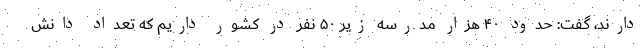
دارند، گفت: حدود ۴۰ هزار مدرسه زیر ۵۰ نفر در کشور داریم که تعداد دانش